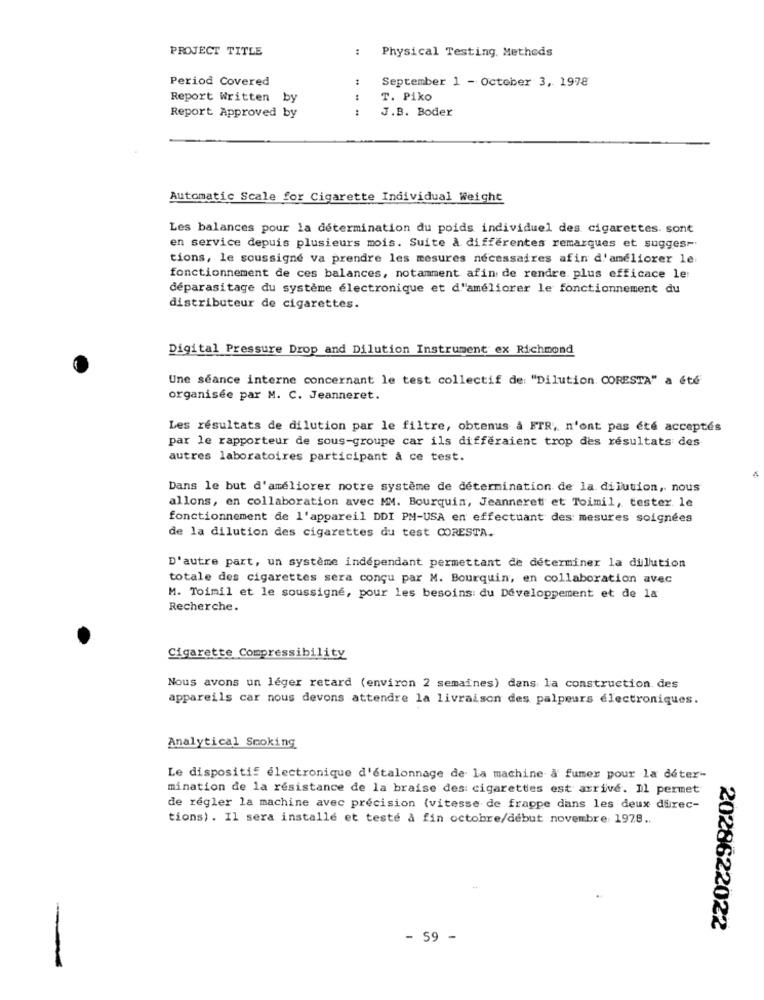
PROJECT TITLE
:
Physical Testing, Methods
Period Covered
September 1 - October 3, 1978
Report Written by
T. Piko
Report Approved by
J.B. Boder
Automatic Scale for Cigarette Individual Weight
Les balances pour la détermination du poids individuel des cigarettes. sont
en service depuis plusieurs mois. Suite à differentes remarques et suggest
tions, le soussigné va prendre les mesures nécessaires afin d'améliorer le
fonctionnement de ces balances, notamment afin de rendre. plus efficace le
déparasitage du système électronique et d'améliorer le fonctionnement du
distributeur de cigarettes.
Digital Pressure Drop and Dilution Instrument ex Richmond
Une séance interne concernant le test collectif de: "Dilution. CORESTA" a été
organisée par M. C. Jeanneret.
Les résultats de dilution par le filtre, obtenus à FTR; n'ont pas été acceptés
par le rapporteur de sous-groupe car ils differaient trop des résultats des
autres laboratoires participant à ce test.
Dans le but d'améliorer notre système de détermination de la. dilution, nous
allons, en collaboration avec MM. Bourquin, Jeanneret et Toimil, tester le
fonctionnement de l'appareil DDI PM-USA en effectuant des mesures soignées
de la dilution des cigarettes du test CORESTA.
D'autre part, un système indépendant permettant de déterminer la dilution
totale des cigarettes sera conçu par M. Bourquin, en collaboration avec
M. Toimil et le soussigné, pour les besoins: du Développement et de la
Recherche.
Cigarette Compressibility
Nous avons un léger retard (environ 2 semaines) dans la construction des
appareils car nous devons attendre la livraison des palpeurs électroniques.
Analytical Smoking
Le dispositif électronique d'étalonnage de la machine a' fumer pour la deter-
mination de la résistance de la braise des: cigarettes est arrivé. Il permet
de régler la machine avec précision (vitesse de frappe dans les deux direc-
tions) . Il sera installé et teste à fin octobre/début novembre 1978 ..
2028622022
- 59 -
-